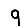
Digit: 9